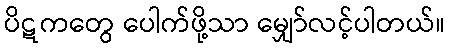
ပိဋကတွေ ပေါက်ဖို့သာ မျှော်လင့်ပါတယ်။